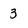
Character: 3